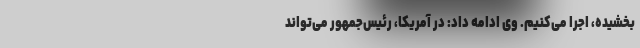
بخشیده، اجرا می‌کنیم. وی ادامه داد: در آمریکا، رئیس‌جمهور می‌تواند